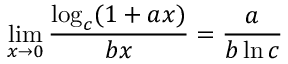
\operatorname* { l i m } _ { x \to 0 } { \frac { \log _ { c } ( 1 + a x ) } { b x } } = { \frac { a } { b \ln c } }